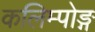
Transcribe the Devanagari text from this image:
कलिम्पोङ्ग